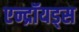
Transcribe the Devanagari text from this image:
एन्द्रॉयड्स